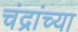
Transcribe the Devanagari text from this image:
चंद्रांच्या